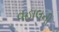
વહાલની